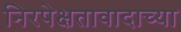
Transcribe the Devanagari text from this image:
निरपेक्षतावादाच्या